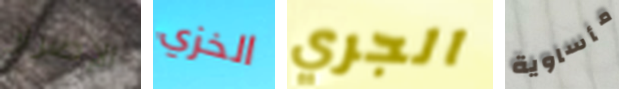
الإصرار الخزي الجري مأساوية